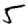
Digit: 5